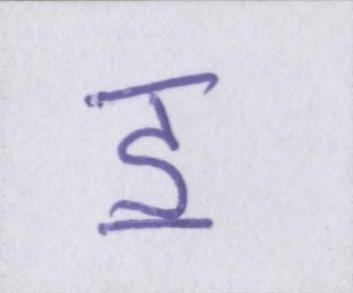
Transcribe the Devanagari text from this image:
ॾ